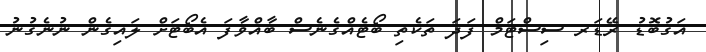
އަގުބޮޑު ރޭޑަރ ސިސްޓަމް ފަދަ ތަކެތި ބޯޓެއްގެނެސް ބާއްވާފަ އެބޯޓަށް ލައިގެން ނުނެގުނު